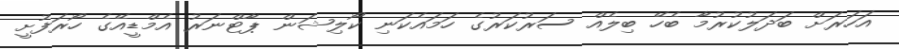
އަހަރަށް ބަދަލުކުރުމާ ބެހޭ ބިލެއް ސަރުކަރުގެ ހަމައެކަނި ކޯލިޝަން ޕާޓްނަރު އެމްޑީއޭގެ ހޯރަފުށީ